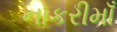
નોકરીમાઁ